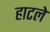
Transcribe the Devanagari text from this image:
हाटले